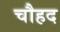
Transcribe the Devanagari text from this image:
चौहद